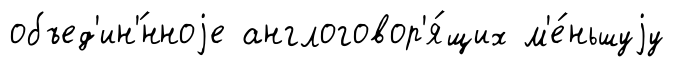
объед'ин'́нноjе англоговор'я́щих м'е́ньшуjу